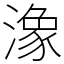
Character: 潒